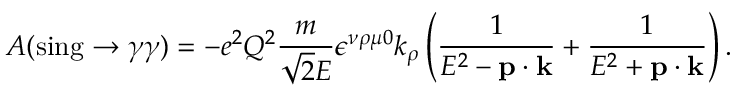
A ( \mathrm { s i n g } \rightarrow \gamma \gamma ) = - e ^ { 2 } Q ^ { 2 } { \frac { m } { \sqrt { 2 } E } } \epsilon ^ { \nu \rho \mu 0 } k _ { \rho } \left( { \frac { 1 } { E ^ { 2 } - { \bf p } \cdot { \bf k } } } + { \frac { 1 } { E ^ { 2 } + { \bf p } \cdot { \bf k } } } \right) .